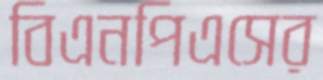
বিএনপিএসের